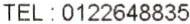
TEL : 0122648835